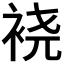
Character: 𫋹